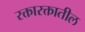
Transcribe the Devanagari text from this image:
रक्तारक्तातील